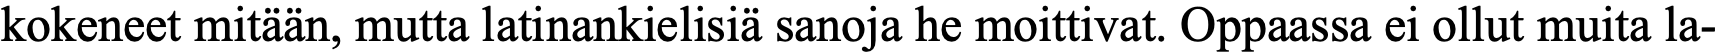
kokeneet mitään, mutta latinankielisiä sanoja he moittivat. Oppaassa ei ollut muita la-